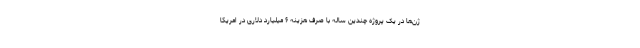
ژن‌ها در یک پروژه چندین ساله با صرف هزینه ۶ میلیارد دلاری در امریکا